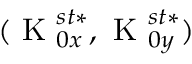
( \textrm { K } _ { 0 x } ^ { s t * } , \textrm { K } _ { 0 y } ^ { s t * } )